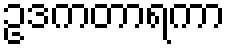
ဥဒကတာရကာ